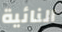
النائية